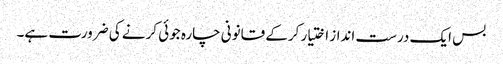
بس ایک درست انداز اختیار کرکے قانونی چارہ جوئی کرنے کی ضرورت ہے۔